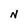
Character: N